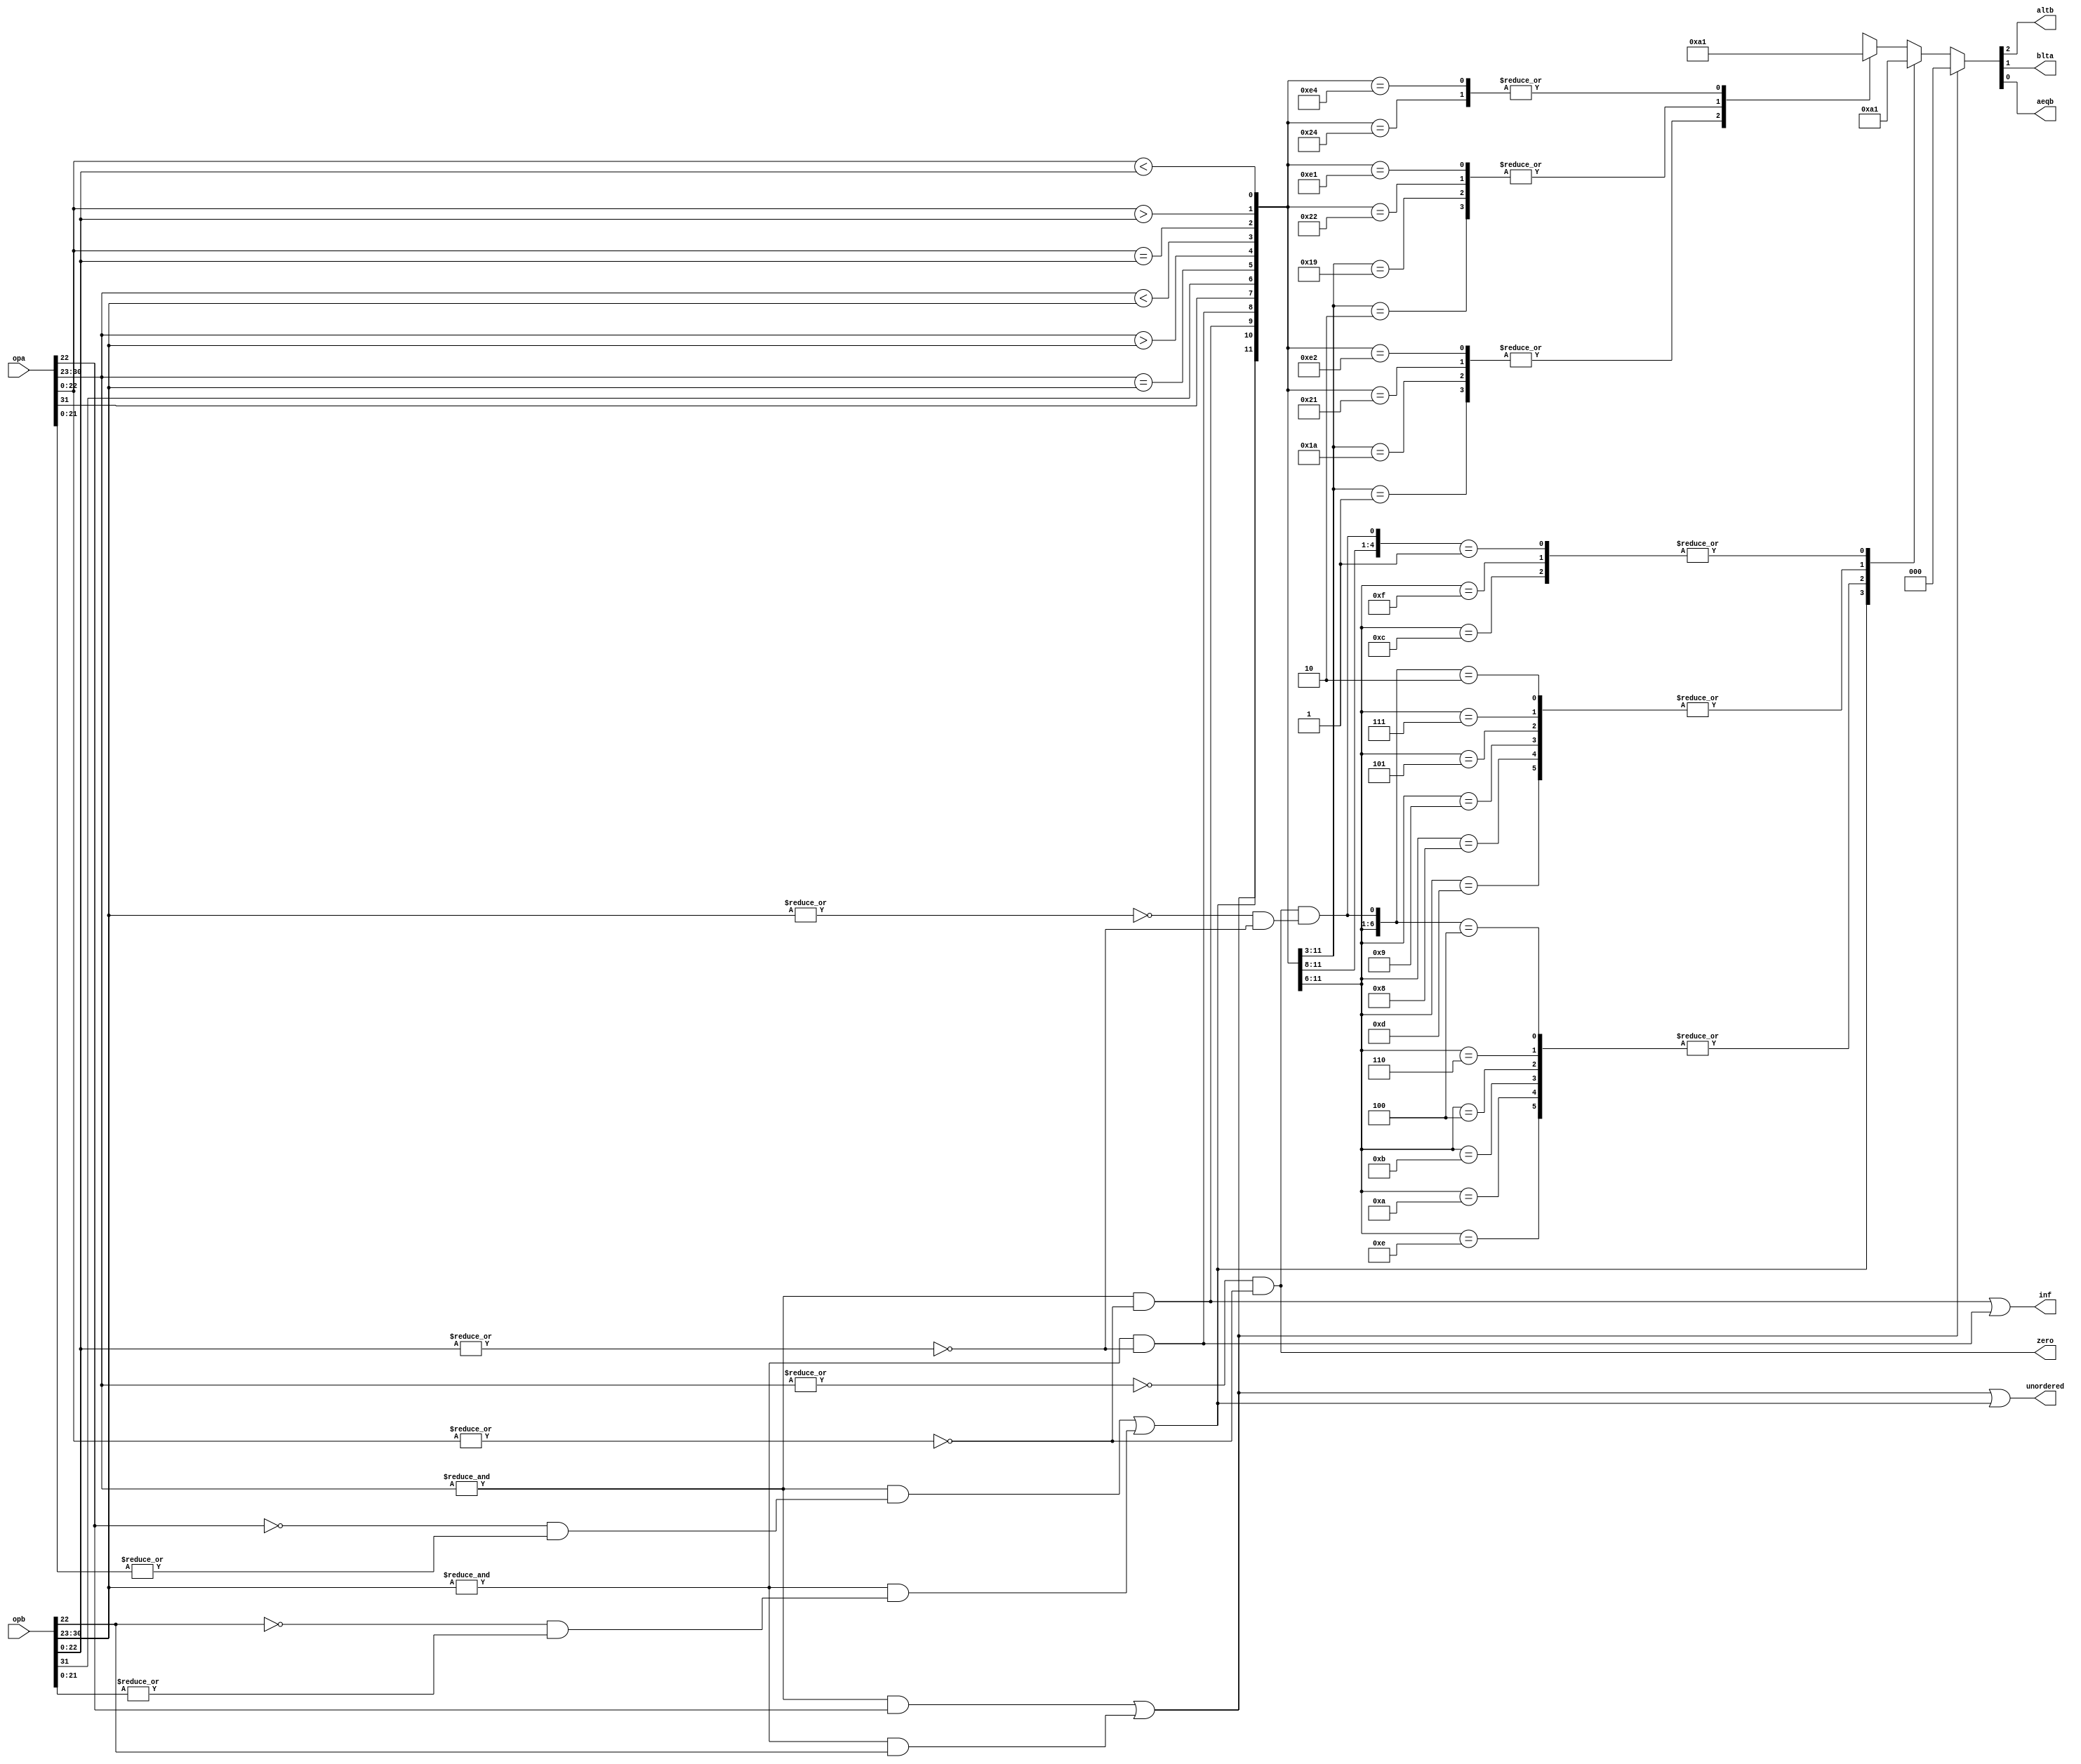
/////////////////////////////////////////////////////////////////////
////                                                             ////
////  or1200_fpu_fcmp                                            ////
////  Single precision Floating Point Compare Unit               ////
////                                                             ////
////          rudi@asics.ws                                      ////
////                                                             ////
/////////////////////////////////////////////////////////////////////
////                                                             ////
//// Copyright (C) 2000 Rudolf Usselmann                         ////
////                    rudi@asics.ws                            ////
////                                                             ////
//// This source file may be used and distributed without        ////
//// restriction provided that this copyright statement is not   ////
//// removed from the file and that any derivative work contains ////
//// the original copyright notice and the associated disclaimer.////
////                                                             ////
////     THIS SOFTWARE IS PROVIDED ``AS IS'' AND WITHOUT ANY     ////
//// EXPRESS OR IMPLIED WARRANTIES, INCLUDING, BUT NOT LIMITED   ////
//// TO, THE IMPLIED WARRANTIES OF MERCHANTABILITY AND FITNESS   ////
//// FOR A PARTICULAR PURPOSE. IN NO EVENT SHALL THE AUTHOR      ////
//// OR CONTRIBUTORS BE LIABLE FOR ANY DIRECT, INDIRECT,         ////
//// INCIDENTAL, SPECIAL, EXEMPLARY, OR CONSEQUENTIAL DAMAGES    ////
//// (INCLUDING, BUT NOT LIMITED TO, PROCUREMENT OF SUBSTITUTE   ////
//// GOODS OR SERVICES; LOSS OF USE, DATA, OR PROFITS; OR        ////
//// BUSINESS INTERRUPTION) HOWEVER CAUSED AND ON ANY THEORY OF  ////
//// LIABILITY, WHETHER IN  CONTRACT, STRICT LIABILITY, OR TORT  ////
//// (INCLUDING NEGLIGENCE OR OTHERWISE) ARISING IN ANY WAY OUT  ////
//// OF THE USE OF THIS SOFTWARE, EVEN IF ADVISED OF THE         ////
//// POSSIBILITY OF SUCH DAMAGE.                                 ////
////                                                             ////
/////////////////////////////////////////////////////////////////////

`timescale 1ns / 100ps


module or1200_fpu_fcmp(opa, opb, unordered, altb, blta, aeqb, inf, zero);

input	[31:0]	opa, opb;
output		unordered;
output		altb, blta, aeqb;
output		inf, zero;

////////////////////////////////////////////////////////////////////////
//
// Local Wire
//

reg		altb, blta, aeqb;

wire		signa, signb;
wire	[7:0]	expa, expb;
wire	[22:0]	fracta, fractb;

wire		expa_ff, expb_ff, fracta_00, fractb_00;
wire		qnan_a, snan_a, qnan_b, snan_b, opa_inf, opb_inf, inf;
wire		qnan, snan, opa_zero, opb_zero;

wire 		exp_eq, exp_gt, exp_lt;
wire 		fract_eq, fract_gt, fract_lt;
wire		all_zero;

////////////////////////////////////////////////////////////////////////
//
// Aliases
//

assign  signa = opa[31];
assign  signb = opb[31];
assign   expa = opa[30:23];
assign   expb = opb[30:23];
assign fracta = opa[22:0];
assign fractb = opb[22:0];

////////////////////////////////////////////////////////////////////////
//
// Exception Logic
//

assign expa_ff = &expa;
assign expb_ff = &expb;
	
assign fracta_00 = !(|fracta);
assign fractb_00 = !(|fractb);

assign qnan_a =  fracta[22];
assign snan_a = !fracta[22] & |fracta[21:0];
assign qnan_b =  fractb[22];
assign snan_b = !fractb[22] & |fractb[21:0];

assign opa_inf = (expa_ff & fracta_00);
assign opb_inf = (expb_ff & fractb_00);
assign inf  = opa_inf | opb_inf;

assign qnan = (expa_ff & qnan_a) | (expb_ff & qnan_b);
assign snan = (expa_ff & snan_a) | (expb_ff & snan_b);
assign unordered = qnan | snan;

assign opa_zero = !(|expa) & fracta_00;
assign opb_zero = !(|expb) & fractb_00;
assign zero = opa_zero;


////////////////////////////////////////////////////////////////////////
//
// Comparison Logic
//

assign exp_eq = expa == expb;
assign exp_gt = expa  > expb;
assign exp_lt = expa  < expb;

assign fract_eq = fracta == fractb;
assign fract_gt = fracta  > fractb;
assign fract_lt = fracta  < fractb;

assign all_zero = opa_zero & opb_zero;

always @( qnan or snan or opa_inf or opb_inf or signa or signb or exp_eq or exp_gt or
	exp_lt or fract_eq or fract_gt or fract_lt or all_zero)

	casez( {qnan, snan, opa_inf, opb_inf, signa, signb, exp_eq, exp_gt, exp_lt, fract_eq, fract_gt, fract_lt, all_zero})
	   //13'b??_??_??_???_???_?: {altb, blta, aeqb} = 3'b000;

	   13'b1?_??_??_???_???_?: {altb, blta, aeqb} = 3'b000;	// qnan
           13'b?1_??_??_???_???_?: {altb, blta, aeqb} = 3'b000;	// snan

           13'b00_11_00_???_???_?: {altb, blta, aeqb} = 3'b001;	// both op INF comparisson
           13'b00_11_01_???_???_?: {altb, blta, aeqb} = 3'b100;
           13'b00_11_10_???_???_?: {altb, blta, aeqb} = 3'b010;
           13'b00_11_11_???_???_?: {altb, blta, aeqb} = 3'b001;

           13'b00_10_00_???_???_?: {altb, blta, aeqb} = 3'b100;	// opa INF comparisson
           13'b00_10_01_???_???_?: {altb, blta, aeqb} = 3'b100;
           13'b00_10_10_???_???_?: {altb, blta, aeqb} = 3'b010;
           13'b00_10_11_???_???_?: {altb, blta, aeqb} = 3'b010;

           13'b00_01_00_???_???_?: {altb, blta, aeqb} = 3'b010;	// opb INF comparisson
           13'b00_01_01_???_???_?: {altb, blta, aeqb} = 3'b100;
           13'b00_01_10_???_???_?: {altb, blta, aeqb} = 3'b010;
           13'b00_01_11_???_???_?: {altb, blta, aeqb} = 3'b100;

           13'b00_00_10_???_???_0: {altb, blta, aeqb} = 3'b010;	//compare base on sign
           13'b00_00_01_???_???_0: {altb, blta, aeqb} = 3'b100;	//compare base on sign

           13'b00_00_??_???_???_1: {altb, blta, aeqb} = 3'b001;	//compare base on sign both are zero

           13'b00_00_00_010_???_?: {altb, blta, aeqb} = 3'b100;	// cmp exp, equal sign
           13'b00_00_00_001_???_?: {altb, blta, aeqb} = 3'b010;
           13'b00_00_11_010_???_?: {altb, blta, aeqb} = 3'b010;
           13'b00_00_11_001_???_?: {altb, blta, aeqb} = 3'b100;

           13'b00_00_00_100_010_?: {altb, blta, aeqb} = 3'b100;	// compare fractions, equal sign, equal exp
           13'b00_00_00_100_001_?: {altb, blta, aeqb} = 3'b010;
           13'b00_00_11_100_010_?: {altb, blta, aeqb} = 3'b010;
           13'b00_00_11_100_001_?: {altb, blta, aeqb} = 3'b100;

           13'b00_00_00_100_100_?: {altb, blta, aeqb} = 3'b001;
           13'b00_00_11_100_100_?: {altb, blta, aeqb} = 3'b001;

	   default: {altb, blta, aeqb} = 3'bxxx;
	endcase

endmodule // or1200_fpu_fcmp